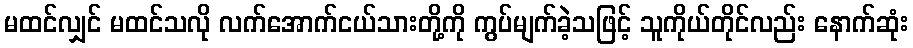
မထင်လျှင် မထင်သလို လက်အောက်ငယ်သားတို့ကို ကွပ်မျက်ခဲ့သဖြင့် သူကိုယ်တိုင်လည်း နောက်ဆုံး